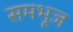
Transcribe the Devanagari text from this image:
समभूज